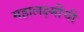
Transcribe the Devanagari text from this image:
महालक्ष्मींची